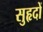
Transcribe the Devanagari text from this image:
सुहृदों